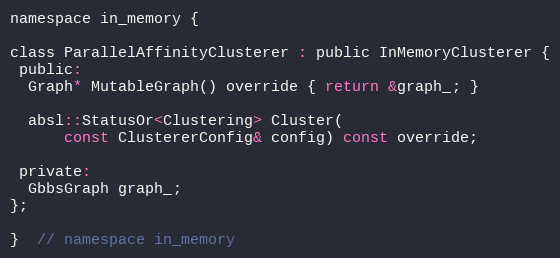
Language: C
namespace in_memory {

class ParallelAffinityClusterer : public InMemoryClusterer {
 public:
  Graph* MutableGraph() override { return &graph_; }

  absl::StatusOr<Clustering> Cluster(
      const ClustererConfig& config) const override;

 private:
  GbbsGraph graph_;
};

}  // namespace in_memory